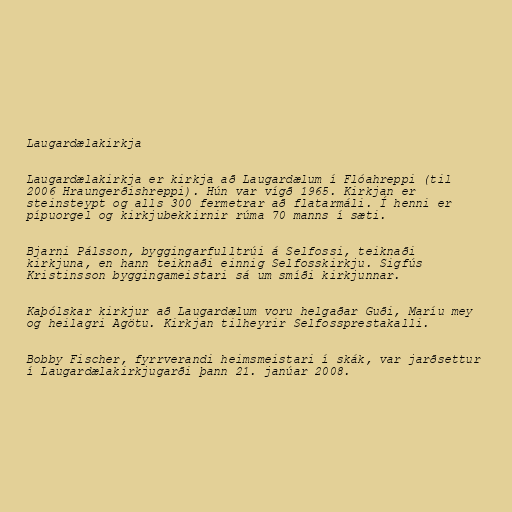
Laugardælakirkja

Laugardælakirkja er kirkja að Laugardælum í Flóahreppi (til
2006 Hraungerðishreppi). Hún var vígð 1965. Kirkjan er
steinsteypt og alls 300 fermetrar að flatarmáli. Í henni er
pípuorgel og kirkjubekkirnir rúma 70 manns í sæti.

Bjarni Pálsson, byggingarfulltrúi á Selfossi, teiknaði
kirkjuna, en hann teiknaði einnig Selfosskirkju. Sigfús
Kristinsson byggingameistari sá um smíði kirkjunnar.

Kaþólskar kirkjur að Laugardælum voru helgaðar Guði, Maríu mey
og heilagri Agötu. Kirkjan tilheyrir Selfossprestakalli.

Bobby Fischer, fyrrverandi heimsmeistari í skák, var jarðsettur
í Laugardælakirkjugarði þann 21. janúar 2008.